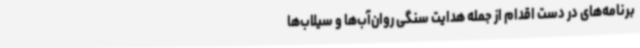
برنامه‌های در دست اقدام از جمله هدایت سنگی روان‌آب‌ها و سیلاب‌ها